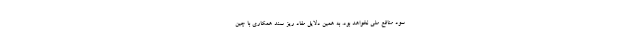
سود منافع ملی نخواهد بود. به همین دلایل مفاد ریز سند همکاری با چین